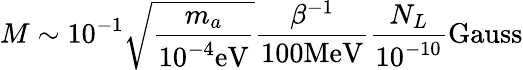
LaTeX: M\sim 10^{-1}\sqrt{\frac{m_{a}}{10^{-4}\mathrm{eV}}}\frac{\beta^{-1}}{100\mathrm{MeV}}\frac{N_{L}}{10^{-10}}\mathrm{Gauss}